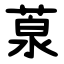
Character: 葲